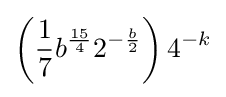
\left({\frac {1}{7}}b^{\frac {15}{4}}2^{-{\frac {b}{2}}}\right)4^{-k}